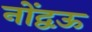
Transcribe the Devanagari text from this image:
नोंद्वऊ